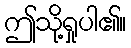
ဤသို့ရှုပါ၏။